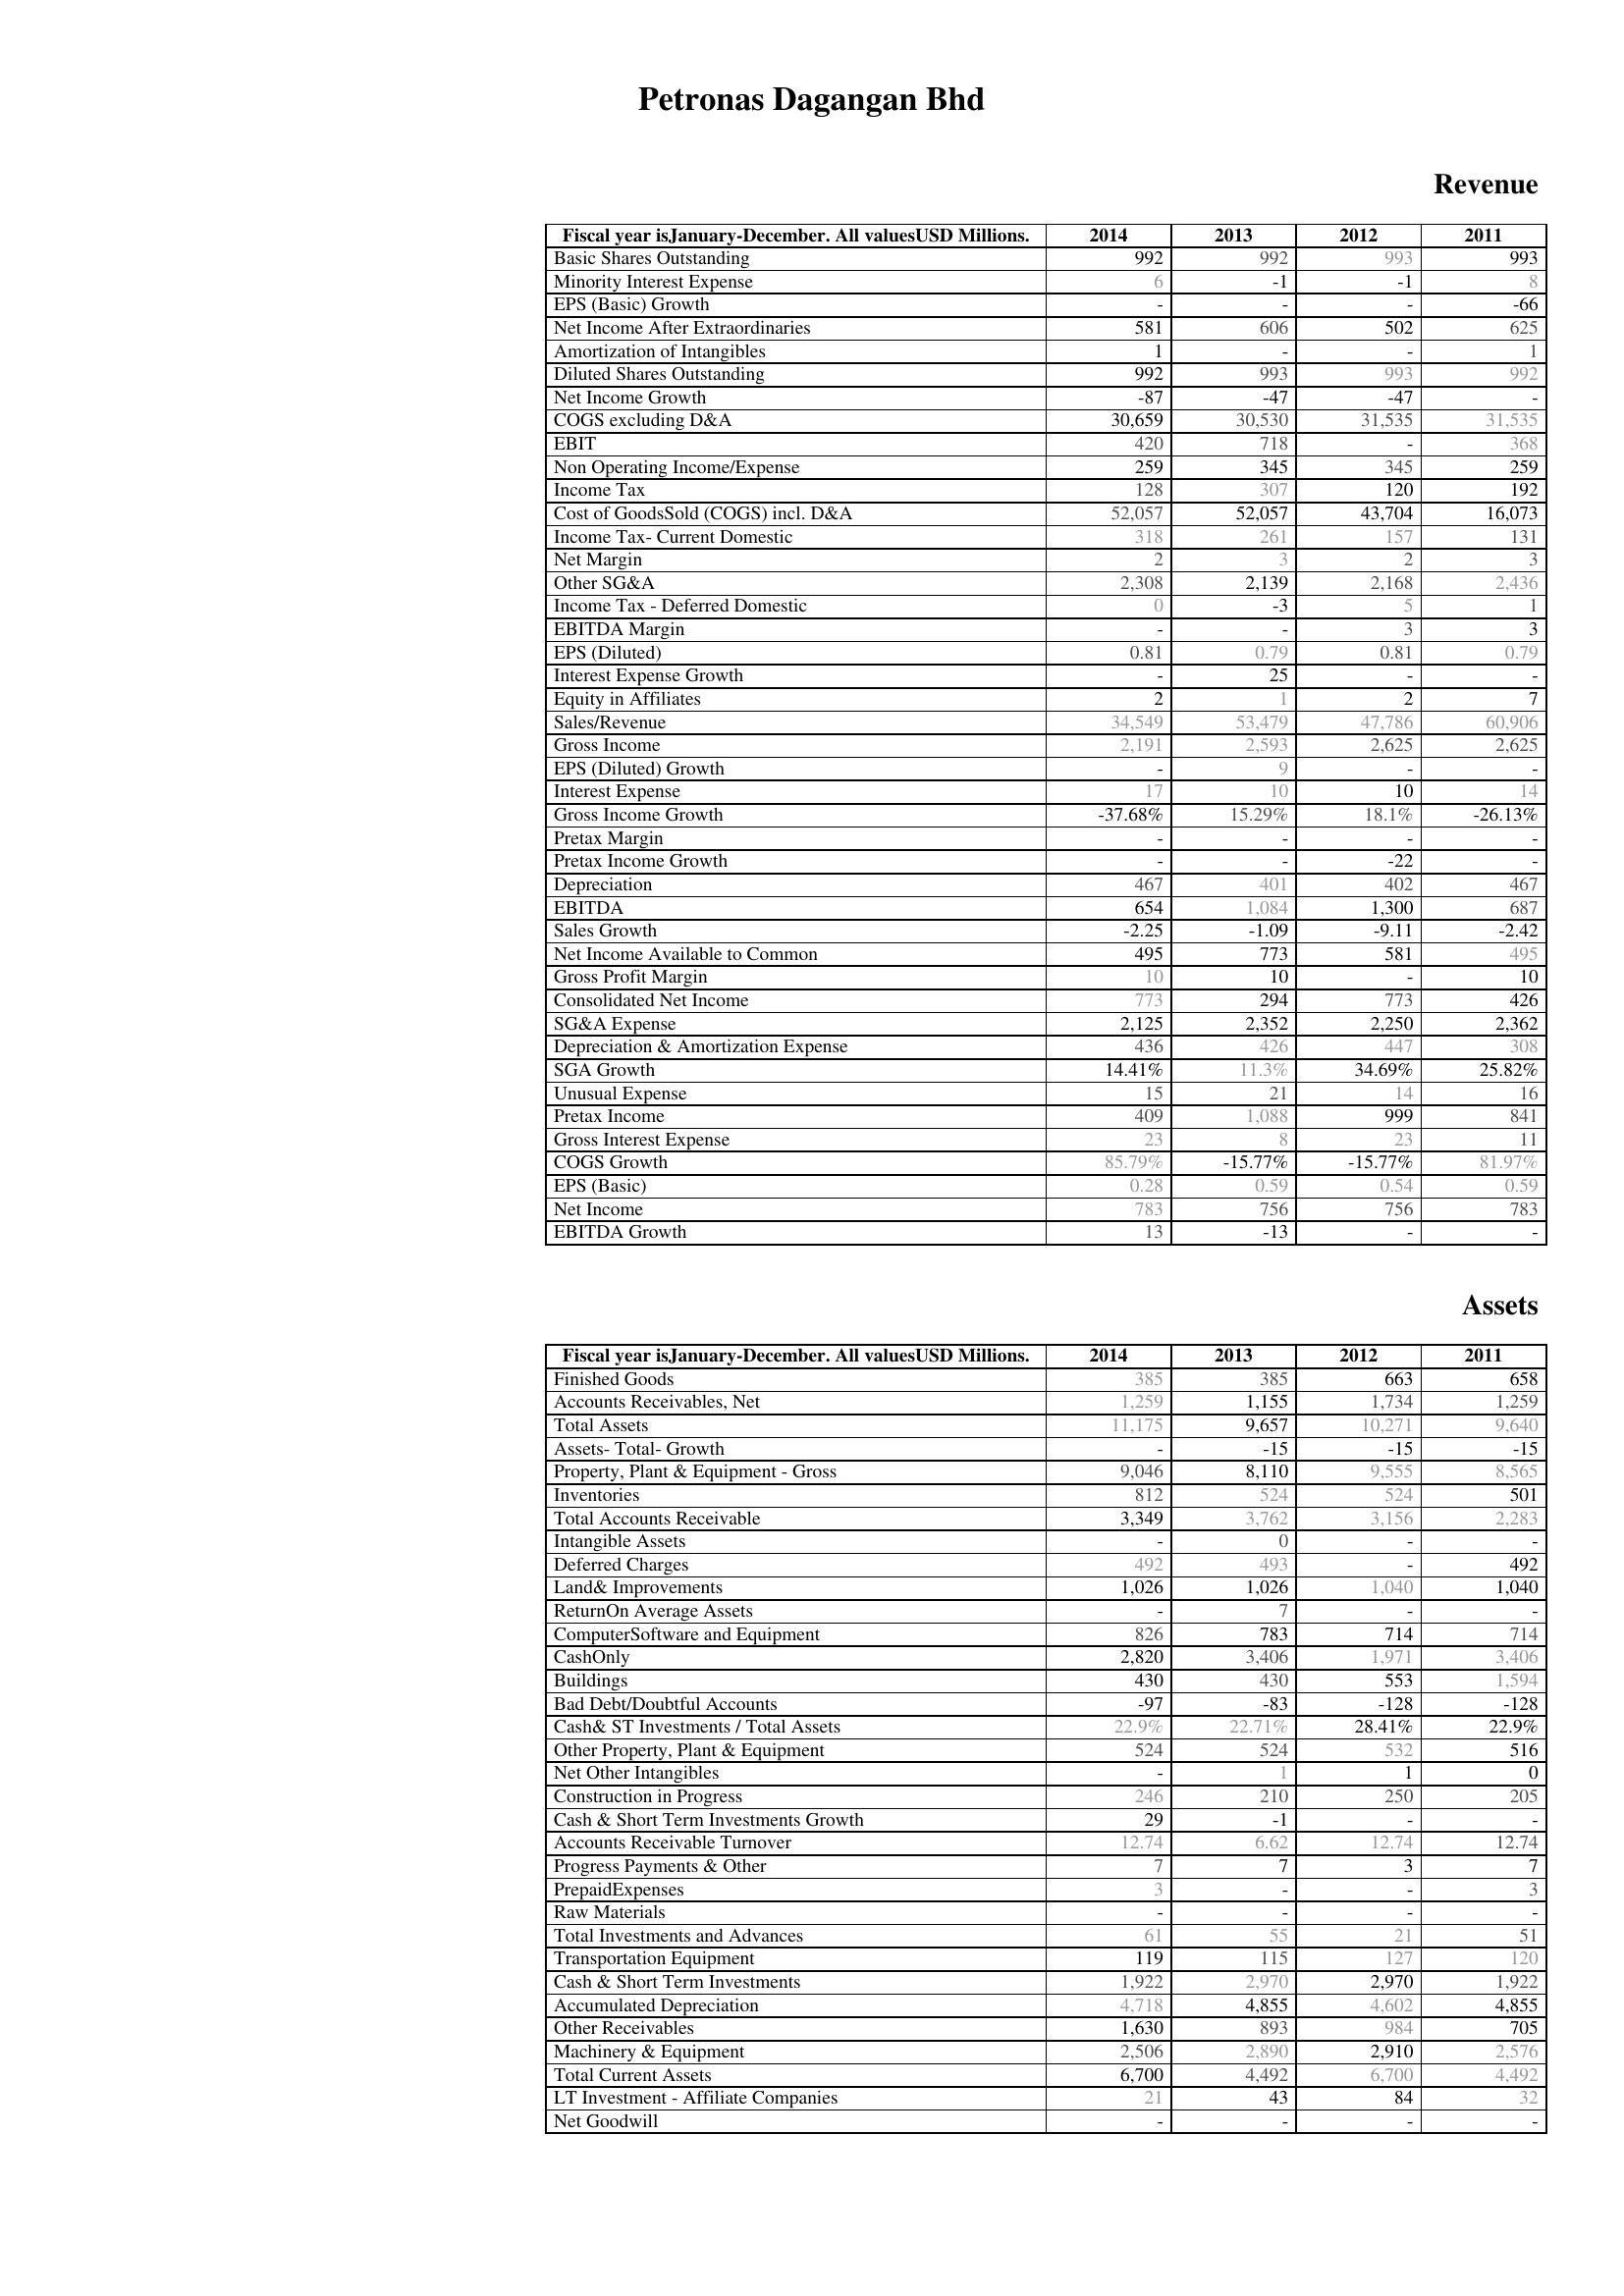
2014: Revenue: Basic Shares Outstanding: 992
Minority Interest Expense: 6
EPS (Basic) Growth: -
Net Income After Extraordinaries: 581
Amortization of Intangibles: 1
Diluted Shares Outstanding: 992
Net Income Growth: -87
COGS excluding D&A: 30,659
EBIT: 420
Non Operating Income/Expense: 259
Income Tax: 128
Cost of GoodsSold (COGS) incl. D&A: 52,057
Income Tax- Current Domestic: 318
Net Margin: 2
Other SG&A: 2,308
Income Tax - Deferred Domestic: 0
EBITDA Margin: -
EPS (Diluted): 0.81
Interest Expense Growth: -
Equity in Affiliates: 2
Sales/Revenue: 34,549
Gross Income: 2,191
EPS (Diluted) Growth: -
Interest Expense: 17
Gross Income Growth: -37.68%
Pretax Margin: -
Pretax Income Growth: -
Depreciation: 467
EBITDA: 654
Sales Growth: -2.25
Net Income Available to Common: 495
Gross Profit Margin: 10
Consolidated Net Income: 773
SG&A Expense: 2,125
Depreciation & Amortization Expense: 436
SGA Growth: 14.41%
Unusual Expense: 15
Pretax Income: 409
Gross Interest Expense: 23
COGS Growth: 85.79%
EPS (Basic): 0.28
Net Income: 783
EBITDA Growth: 13
Assets: Finished Goods: 385
Accounts Receivables, Net: 1,259
Total Assets: 11,175
Assets- Total- Growth: -
Property, Plant & Equipment - Gross : 9,046
Inventories: 812
Total Accounts Receivable: 3,349
Intangible Assets: -
Deferred Charges: 492
Land& Improvements: 1,026
ReturnOn Average Assets: -
ComputerSoftware and Equipment: 826
CashOnly: 2,820
Buildings: 430
Bad Debt/Doubtful Accounts: -97
Cash& ST Investments / Total Assets: 22.9%
Other Property, Plant & Equipment: 524
Net Other Intangibles: -
Construction in Progress: 246
Cash & Short Term Investments Growth: 29
Accounts Receivable Turnover: 12.74
Progress Payments & Other: 7
PrepaidExpenses: 3
Raw Materials: -
Total Investments and Advances: 61
Transportation Equipment: 119
Cash & Short Term Investments: 1,922
Accumulated Depreciation: 4,718
Other Receivables: 1,630
Machinery & Equipment: 2,506
Total Current Assets: 6,700
LT Investment - Affiliate Companies: 21
Net Goodwill: -
2013: Revenue: Basic Shares Outstanding: 992
Minority Interest Expense: -1
EPS (Basic) Growth: -
Net Income After Extraordinaries: 606
Amortization of Intangibles: -
Diluted Shares Outstanding: 993
Net Income Growth: -47
COGS excluding D&A: 30,530
EBIT: 718
Non Operating Income/Expense: 345
Income Tax: 307
Cost of GoodsSold (COGS) incl. D&A: 52,057
Income Tax- Current Domestic: 261
Net Margin: 3
Other SG&A: 2,139
Income Tax - Deferred Domestic: -3
EBITDA Margin: -
EPS (Diluted): 0.79
Interest Expense Growth: 25
Equity in Affiliates: 1
Sales/Revenue: 53,479
Gross Income: 2,593
EPS (Diluted) Growth: 9
Interest Expense: 10
Gross Income Growth: 15.29%
Pretax Margin: -
Pretax Income Growth: -
Depreciation: 401
EBITDA: 1,084
Sales Growth: -1.09
Net Income Available to Common: 773
Gross Profit Margin: 10
Consolidated Net Income: 294
SG&A Expense: 2,352
Depreciation & Amortization Expense: 426
SGA Growth: 11.3%
Unusual Expense: 21
Pretax Income: 1,088
Gross Interest Expense: 8
COGS Growth: -15.77%
EPS (Basic): 0.59
Net Income: 756
EBITDA Growth: -13
Assets: Finished Goods: 385
Accounts Receivables, Net: 1,155
Total Assets: 9,657
Assets- Total- Growth: -15
Property, Plant & Equipment - Gross : 8,110
Inventories: 524
Total Accounts Receivable: 3,762
Intangible Assets: 0
Deferred Charges: 493
Land& Improvements: 1,026
ReturnOn Average Assets: 7
ComputerSoftware and Equipment: 783
CashOnly: 3,406
Buildings: 430
Bad Debt/Doubtful Accounts: -83
Cash& ST Investments / Total Assets: 22.71%
Other Property, Plant & Equipment: 524
Net Other Intangibles: 1
Construction in Progress: 210
Cash & Short Term Investments Growth: -1
Accounts Receivable Turnover: 6.62
Progress Payments & Other: 7
PrepaidExpenses: -
Raw Materials: -
Total Investments and Advances: 55
Transportation Equipment: 115
Cash & Short Term Investments: 2,970
Accumulated Depreciation: 4,855
Other Receivables: 893
Machinery & Equipment: 2,890
Total Current Assets: 4,492
LT Investment - Affiliate Companies: 43
Net Goodwill: -
2012: Revenue: Basic Shares Outstanding: 993
Minority Interest Expense: -1
EPS (Basic) Growth: -
Net Income After Extraordinaries: 502
Amortization of Intangibles: -
Diluted Shares Outstanding: 993
Net Income Growth: -47
COGS excluding D&A: 31,535
EBIT: -
Non Operating Income/Expense: 345
Income Tax: 120
Cost of GoodsSold (COGS) incl. D&A: 43,704
Income Tax- Current Domestic: 157
Net Margin: 2
Other SG&A: 2,168
Income Tax - Deferred Domestic: 5
EBITDA Margin: 3
EPS (Diluted): 0.81
Interest Expense Growth: -
Equity in Affiliates: 2
Sales/Revenue: 47,786
Gross Income: 2,625
EPS (Diluted) Growth: -
Interest Expense: 10
Gross Income Growth: 18.1%
Pretax Margin: -
Pretax Income Growth: -22
Depreciation: 402
EBITDA: 1,300
Sales Growth: -9.11
Net Income Available to Common: 581
Gross Profit Margin: -
Consolidated Net Income: 773
SG&A Expense: 2,250
Depreciation & Amortization Expense: 447
SGA Growth: 34.69%
Unusual Expense: 14
Pretax Income: 999
Gross Interest Expense: 23
COGS Growth: -15.77%
EPS (Basic): 0.54
Net Income: 756
EBITDA Growth: -
Assets: Finished Goods: 663
Accounts Receivables, Net: 1,734
Total Assets: 10,271
Assets- Total- Growth: -15
Property, Plant & Equipment - Gross : 9,555
Inventories: 524
Total Accounts Receivable: 3,156
Intangible Assets: -
Deferred Charges: -
Land& Improvements: 1,040
ReturnOn Average Assets: -
ComputerSoftware and Equipment: 714
CashOnly: 1,971
Buildings: 553
Bad Debt/Doubtful Accounts: -128
Cash& ST Investments / Total Assets: 28.41%
Other Property, Plant & Equipment: 532
Net Other Intangibles: 1
Construction in Progress: 250
Cash & Short Term Investments Growth: -
Accounts Receivable Turnover: 12.74
Progress Payments & Other: 3
PrepaidExpenses: -
Raw Materials: -
Total Investments and Advances: 21
Transportation Equipment: 127
Cash & Short Term Investments: 2,970
Accumulated Depreciation: 4,602
Other Receivables: 984
Machinery & Equipment: 2,910
Total Current Assets: 6,700
LT Investment - Affiliate Companies: 84
Net Goodwill: -
2011: Revenue: Basic Shares Outstanding: 993
Minority Interest Expense: 8
EPS (Basic) Growth: -66
Net Income After Extraordinaries: 625
Amortization of Intangibles: 1
Diluted Shares Outstanding: 992
Net Income Growth: -
COGS excluding D&A: 31,535
EBIT: 368
Non Operating Income/Expense: 259
Income Tax: 192
Cost of GoodsSold (COGS) incl. D&A: 16,073
Income Tax- Current Domestic: 131
Net Margin: 3
Other SG&A: 2,436
Income Tax - Deferred Domestic: 1
EBITDA Margin: 3
EPS (Diluted): 0.79
Interest Expense Growth: -
Equity in Affiliates: 7
Sales/Revenue: 60,906
Gross Income: 2,625
EPS (Diluted) Growth: -
Interest Expense: 14
Gross Income Growth: -26.13%
Pretax Margin: -
Pretax Income Growth: -
Depreciation: 467
EBITDA: 687
Sales Growth: -2.42
Net Income Available to Common: 495
Gross Profit Margin: 10
Consolidated Net Income: 426
SG&A Expense: 2,362
Depreciation & Amortization Expense: 308
SGA Growth: 25.82%
Unusual Expense: 16
Pretax Income: 841
Gross Interest Expense: 11
COGS Growth: 81.97%
EPS (Basic): 0.59
Net Income: 783
EBITDA Growth: -
Assets: Finished Goods: 658
Accounts Receivables, Net: 1,259
Total Assets: 9,640
Assets- Total- Growth: -15
Property, Plant & Equipment - Gross : 8,565
Inventories: 501
Total Accounts Receivable: 2,283
Intangible Assets: -
Deferred Charges: 492
Land& Improvements: 1,040
ReturnOn Average Assets: -
ComputerSoftware and Equipment: 714
CashOnly: 3,406
Buildings: 1,594
Bad Debt/Doubtful Accounts: -128
Cash& ST Investments / Total Assets: 22.9%
Other Property, Plant & Equipment: 516
Net Other Intangibles: 0
Construction in Progress: 205
Cash & Short Term Investments Growth: -
Accounts Receivable Turnover: 12.74
Progress Payments & Other: 7
PrepaidExpenses: 3
Raw Materials: -
Total Investments and Advances: 51
Transportation Equipment: 120
Cash & Short Term Investments: 1,922
Accumulated Depreciation: 4,855
Other Receivables: 705
Machinery & Equipment: 2,576
Total Current Assets: 4,492
LT Investment - Affiliate Companies: 32
Net Goodwill: -